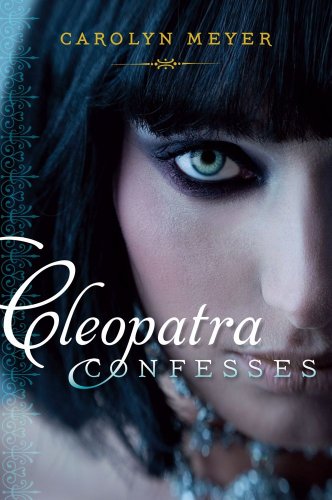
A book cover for Cleopatra Confesses (Paula Wiseman Books); Carolyn Meyer; Teen & Young Adult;